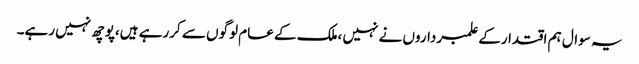
یہ سوال ہم اقتدارکے علمبرداروں نے نہیں ،ملک کے عام لوگوں سے کررہے ہیں،پوچھ نہیں رہے۔